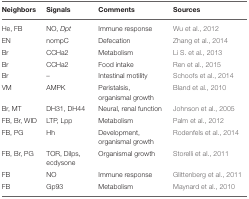
| Neighbors | Signals | Comments | Sources |
 | --- | --- | --- | --- |
 | He, FB | NO, Dpt | Immune response | Wu et al., 2012 |
 | EN | nompC | Defecation | Zhang et al., 2014 |
 | Br | CCHa2 | Metabolism | Li S. et al., 2013 |
 | Br | CCHa2 | Food intake | Ren et al., 2015 |
 | Br | – | Intestinal motility | Schoofs et al., 2014 |
 | VM | AMPK | Peristalsis, organismal growth | Bland et al., 2010 |
 | Br, MT | DH31, DH44 | Neural, renal function | Johnson et al., 2005 |
 | FB, Br, WID | LTP, Lpp | Metabolism | Palm et al., 2012 |
 | FB, PG | Hh | Development, organismal growth | Rodenfels et al., 2014 |
 | FB, Br, PG | TOR, Dilps, ecdysone | Organismal growth | Storelli et al., 2011 |
 | FB | NO | Immune response | Glittenberg et al., 2011 |
 | FB | Gp93 | Metabolism | Maynard et al., 2010 |